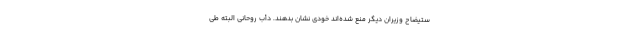
ستیضاح وزیران دیگر منع شده‌اند خودی نشان بدهند. دأب روحانی البته طی